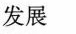
发展